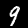
Label: 9